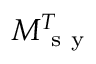
M _ { \mathrm { ~ s ~ y ~ } } ^ { T }